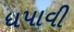
ધપાવી